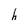
Character: h